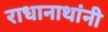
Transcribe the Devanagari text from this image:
राधानाथांनी